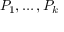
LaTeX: P _ { 1 } , \ldots , P _ { k }